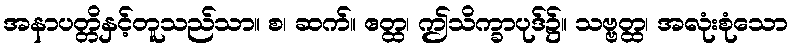
အနာပတ္တိနှင့်တူသည်သာ။ စ၊ ဆက်။ ဧတ္ထ၊ ဤသိက္ခာပုဒ်၌။ သဗ္ဗတ္ထ၊ အလုံးစုံသော